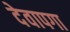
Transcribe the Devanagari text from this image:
देवापगा